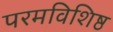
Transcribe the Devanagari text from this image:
परमविशिष्ठ